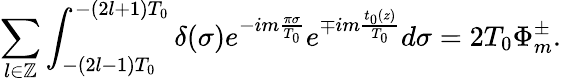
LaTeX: \sum_{l\in\mathbb{Z}}\int_{-(2l-1)T_{0}}^{-(2l+1)T_{0}}\delta(\sigma)e^{-im\frac{\pi\sigma}{T_{0}}}e^{\mp im\frac{t_{0}(z)}{T_{0}}}d\sigma=2T_{0}\Phi_{m}^{\pm}.